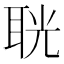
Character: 𦕤